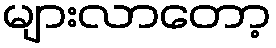
များလာတော့